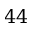
4 4